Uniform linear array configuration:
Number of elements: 64
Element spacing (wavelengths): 0.5
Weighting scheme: uniform
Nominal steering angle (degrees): -45
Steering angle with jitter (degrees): -45.93
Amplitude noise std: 0.05
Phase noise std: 0.05

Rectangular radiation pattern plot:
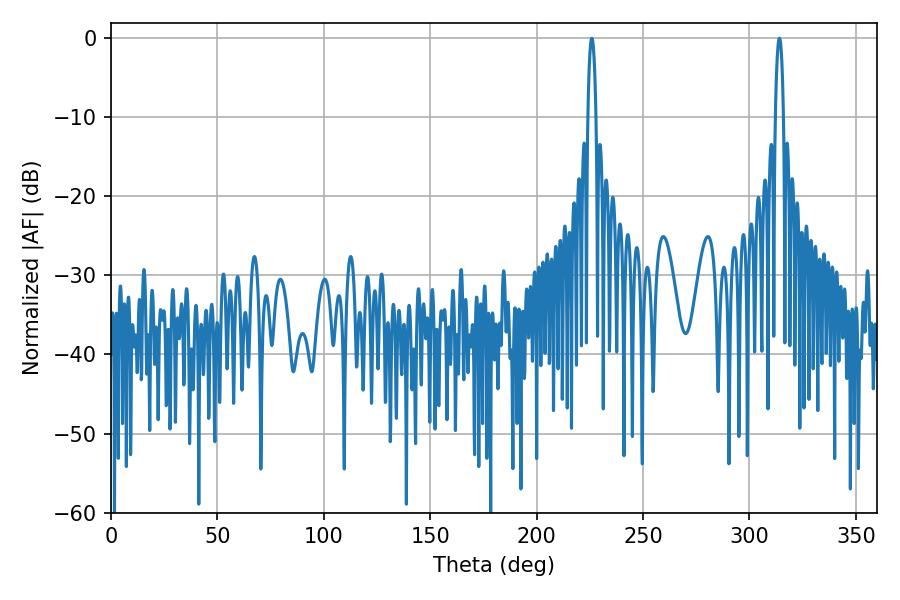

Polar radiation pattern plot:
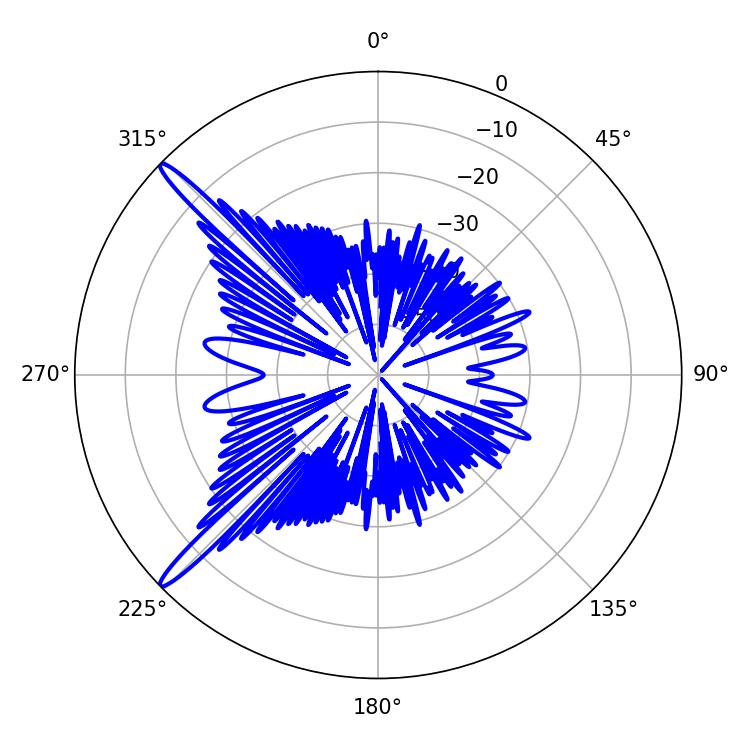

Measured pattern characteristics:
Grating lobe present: FALSE
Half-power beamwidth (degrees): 2.16
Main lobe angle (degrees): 225.9